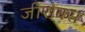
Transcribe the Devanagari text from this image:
जीरोक्स